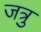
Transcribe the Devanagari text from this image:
जत्रु